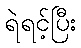
ရဲရင့်ပြီး